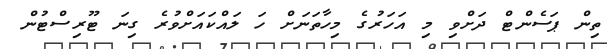
ތިން ޕަސެންޓް ދަށްވި މި އަހަރުގެ މިހާތަނަށް ހަ ލައްކައަށްވުރެ ގިނަ ޓޫރިސްޓުން